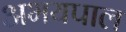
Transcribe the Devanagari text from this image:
अभयपाल